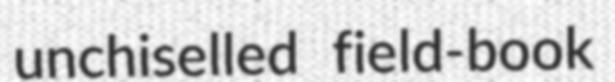
unchiselled field-book